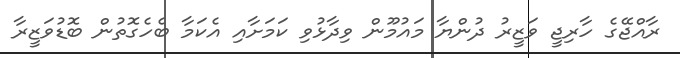
ރާއްޖޭގެ ހާރިޖީ ވަޒީރު ދުންޔާ މައުމޫން ވިދާޅުވި ކަމަށާއި އެކަމާ ބެހެގޮތުން ބޮޑުވަޒީރާ